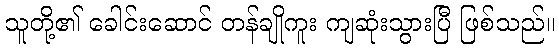
သူတို့၏ ခေါင်းဆောင် တန်ချိုကူး ကျဆုံးသွားပြီ ဖြစ်သည်။